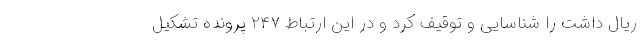
ریال داشت را شناسایی و توقیف کرد و در این ارتباط ۲۴۷ پرونده تشکیل